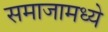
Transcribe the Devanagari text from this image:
समाजामध्‍ये